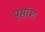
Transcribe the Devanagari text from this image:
पृष्ठांश